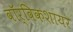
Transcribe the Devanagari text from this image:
वॉर्विकशायर